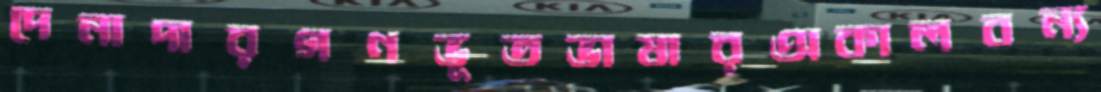
দেনাদারগণভূতভাষারঅকালবন্য